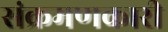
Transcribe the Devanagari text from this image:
संक्रमणकारी